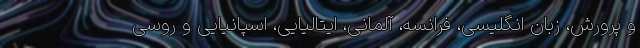
و پرورش، زبان‌ انگلیسی، فرانسه، آلمانی، ایتالیایی، اسپانیایی و روسی